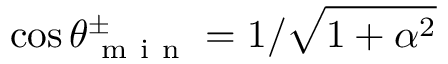
\cos { \theta _ { \mathrm { ~ m ~ i ~ n ~ } } ^ { \pm } } = 1 / \sqrt { 1 + \alpha ^ { 2 } }